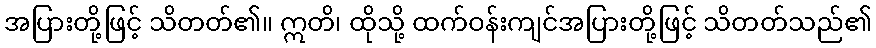
အပြားတို့ဖြင့် သိတတ်၏။ ဣတိ၊ ထိုသို့ ထက်ဝန်းကျင်အပြားတို့ဖြင့် သိတတ်သည်၏